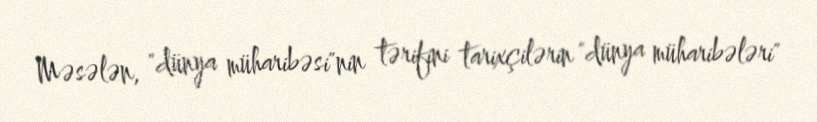
Məsələn, "dünya müharibəsi"nin tərifini tarixçilərin "dünya müharibələri"